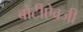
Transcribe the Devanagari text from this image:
बोटीऐवजी